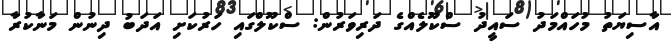
އާސިޔަތު މުހައްމަދު ސައީދު ސްކޫލެއްގެ ދަރިވަރުން: ސްކޫލްގައި ހަރުކަށި އަދަބު ދިނުން މަނާކުރާ